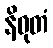
နိဝုတံ